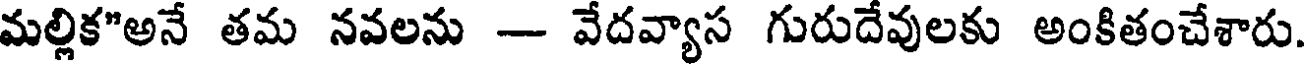
మల్లిక"అనే తమ నవలను - వేదవ్యాస గురుదేవులకు అంకితంచేశారు.